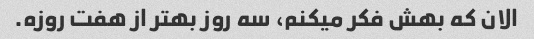
الان که بهش فکر میکنم، سه روز بهتر از هفت روزه.